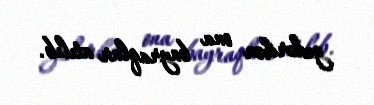
gedərkən ona bayraqlar atılıb.